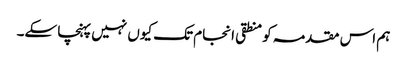
ہم اس مقدمہ کو منطقی انجام تک کیوں نہیں پہنچا سکے۔